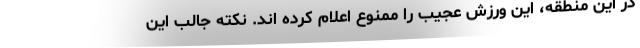
در این منطقه، این ورزش عجیب را ممنوع اعلام کرده اند. نکته جالب این